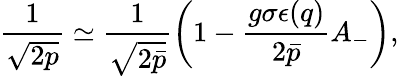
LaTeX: \frac{1}{\sqrt{2p}}\simeq\frac{1}{\sqrt{2\bar{p}}}\bigg(1-\frac{g\sigma\epsilon(q)}{2\bar{p}}A_{-}\bigg),